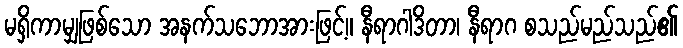
မရှိကာမျှဖြစ်သော အနက်သဘောအားဖြင့်။ နီရာဂါဒိတာ၊ နီရာဂ စသည်မည်သည်၏